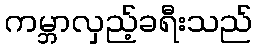
ကမ္ဘာလှည့်ခရီးသည်